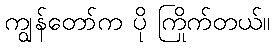
ကျွန်တော်က ပို ကြိုက်တယ်။